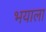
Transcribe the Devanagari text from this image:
भयाला